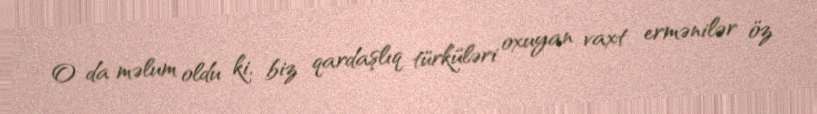
O da məlum oldu ki, biz qardaşlıq türküləri oxuyan vaxt ermənilər öz